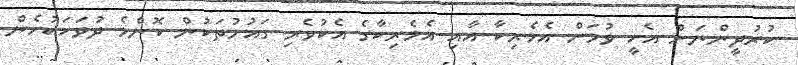
ކުރުދީންނަށް އެހީ ވުމަށް އެމެރިކާ އާއި އެމެރިކާގެ އެކުވެރި ގައުމުތަކުން ކޮންމެ ދުވަހަކުހެން